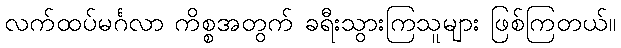
လက်ထပ်မင်္ဂလာ ကိစ္စအတွက် ခရီးသွားကြသူများ ဖြစ်ကြတယ်။